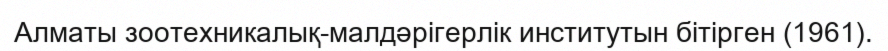
Алматы зоотехникалық-малдәрігерлік институтын бітірген (1961).